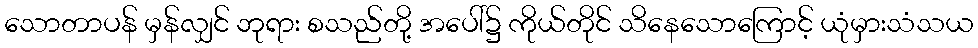
သောတာပန် မှန်လျှင် ဘုရား စသည်တို့ အပေါ်၌ ကိုယ်တိုင် သိနေသောကြောင့် ယုံမှားသံသယ